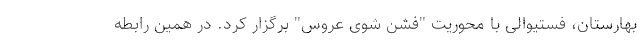
بهارستان، فستیوالی با محوریت "فشن شوی عروس" برگزار کرد. در همین رابطه